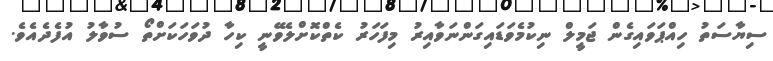
ސިޔާސަތު ހިއްޕަވައިގެން ޖަމީލް ނިކުމެވަޑައިގަންނަވާއިރު މިފަހަރު ކެތްކޮށްލެވޭނީ ކިހާ ދުވަހަކަށްތޯ ސުވާލު އުފެދެއެވެ.